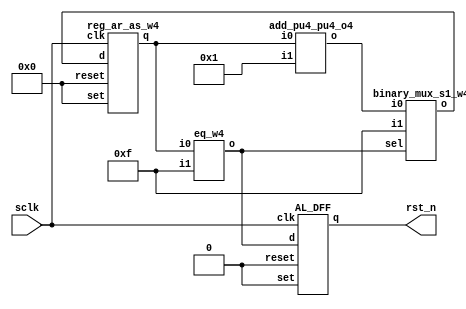
// Verilog netlist created by TD v4.6.12906
// Tue Jul 23 18:36:54 2019

`timescale 1ns / 1ps
module rst_int  // rst.v(9)
  (
  sclk,
  rst_n
  );

  input sclk;  // rst.v(11)
  output rst_n;  // rst.v(12)

  wire [3:0] counter;  // rst.v(15)
  wire [3:0] n1;
  wire [3:0] n2;
  wire n0;

  add_pu4_pu4_o4 add0 (
    .i0(counter),
    .i1(4'b0001),
    .o(n1));  // rst.v(22)
  eq_w4 eq0 (
    .i0(counter),
    .i1(4'b1111),
    .o(n0));  // rst.v(19)
  binary_mux_s1_w4 mux0 (
    .i0(n1),
    .i1(4'b1111),
    .sel(n0),
    .o(n2));  // rst.v(22)
  reg_ar_as_w4 reg0 (
    .clk(sclk),
    .d(n2),
    .reset(4'b0000),
    .set(4'b0000),
    .q(counter));  // rst.v(23)
  AL_DFF rst_n_reg (
    .clk(sclk),
    .d(n0),
    .reset(1'b0),
    .set(1'b0),
    .q(rst_n));  // rst.v(31)

endmodule 

module add_pu4_pu4_o4
  (
  i0,
  i1,
  o
  );

  input [3:0] i0;
  input [3:0] i1;
  output [3:0] o;



endmodule 

module eq_w4
  (
  i0,
  i1,
  o
  );

  input [3:0] i0;
  input [3:0] i1;
  output o;



endmodule 

module binary_mux_s1_w4
  (
  i0,
  i1,
  sel,
  o
  );

  input [3:0] i0;
  input [3:0] i1;
  input sel;
  output [3:0] o;



endmodule 

module reg_ar_as_w4
  (
  clk,
  d,
  en,
  reset,
  set,
  q
  );

  input clk;
  input [3:0] d;
  input en;
  input [3:0] reset;
  input [3:0] set;
  output [3:0] q;



endmodule 

module AL_DFF
  (
  input reset,
  input set,
  input clk,
  input d,
  output reg q
  );

  parameter INI = 1'b0;

  always @(posedge reset or posedge set or posedge clk)
  begin
    if (reset)
      q <= 1'b0;
    else if (set)
      q <= 1'b1;
    else
      q <= d;
  end

endmodule